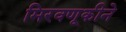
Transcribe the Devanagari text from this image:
मिरवणूकीने